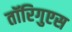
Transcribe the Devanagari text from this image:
तॉरिगुएस